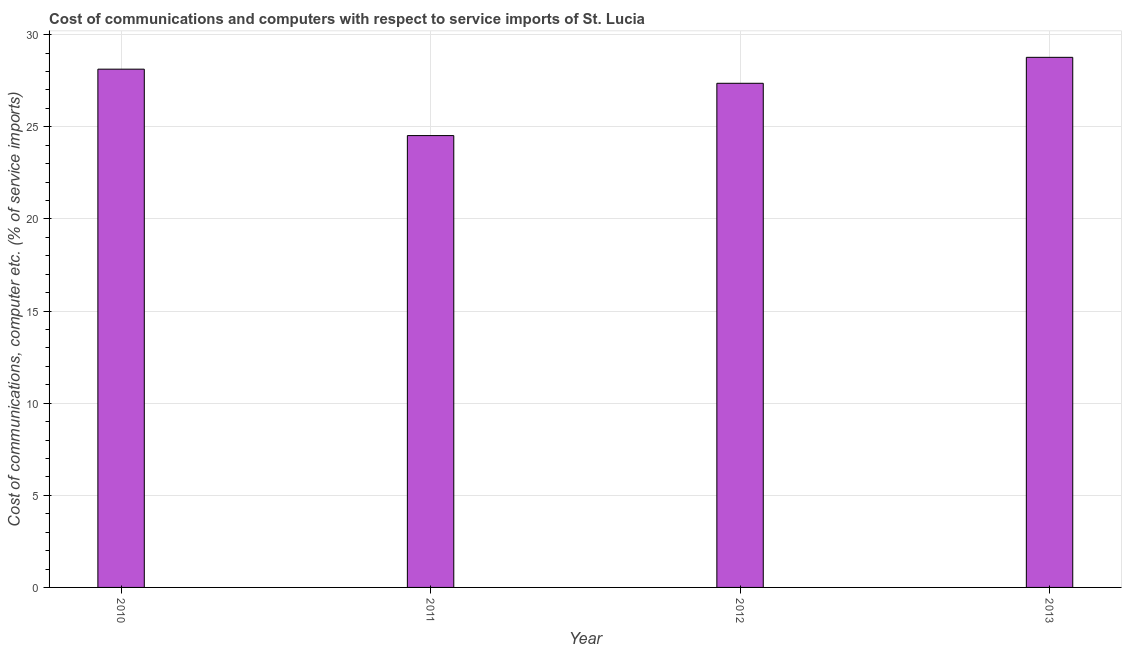
| Year | Communications |
 | --- | --- |
 | 2010 | 28.1 |
 | 2011 | 24.5 |
 | 2012 | 27.4 |
 | 2013 | 28.8 |